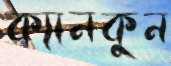
ক্যানকুন